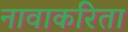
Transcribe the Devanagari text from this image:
नावाकरिता